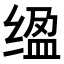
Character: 𫄮